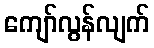
ကျော်လွန်လျက်